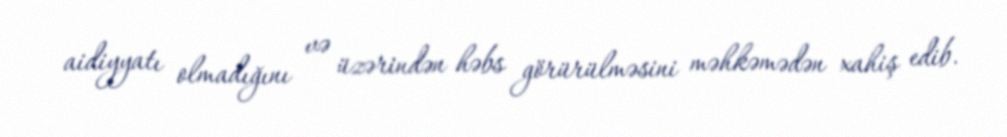
aidiyyatı olmadığını və üzərindən həbs görürülməsini məhkəmədən xahiş edib.